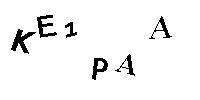
KE1PAA